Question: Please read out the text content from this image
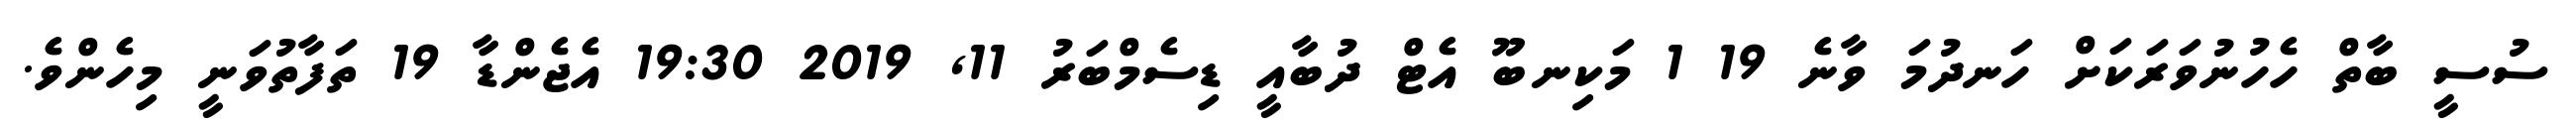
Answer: ސުސީ ބާތް ހެހުނުވަރަކަށް ހަނދުމަ ވާނެ 19 1 މަކިނބޫ އެޓް ދުބާއީ ޑިސެމްބަރު 11, 2019 19:30 އެޖެންޑާ 19 ތަފާތުވަނީ މިހެންވެ.